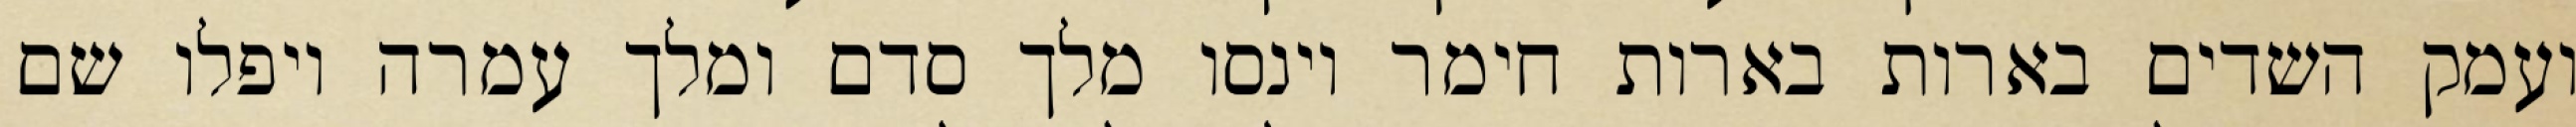
ועמק השדים בארות בארות חימר וינסו מלך סדם ומלך עמרה ויפלו שם